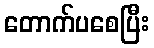
တောက်ပစေပြီး